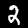
Digit: 2